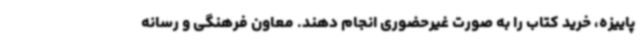
پاییزه، خرید کتاب را به صورت غیرحضوری انجام دهند. معاون فرهنگی و رسانه